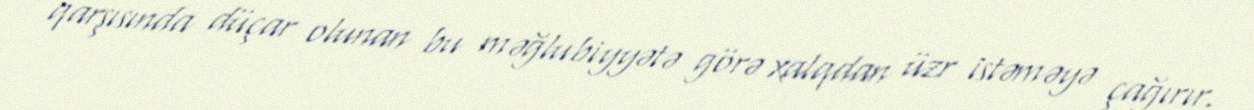
qarşısında düçar olunan bu məğlubiyyətə görə xalqdan üzr istəməyə çağırır.